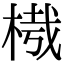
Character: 𣔮